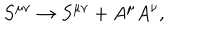
S ^ { \mu \nu } \rightarrow S ^ { \mu \nu } + A ^ { \mu } A ^ { \nu } ,